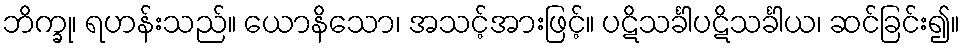
ဘိက္ခု၊ ရဟန်းသည်။ ယောနိသော၊ အသင့်အားဖြင့်။ ပဋိသင်္ခါပဋိသင်္ခါယ၊ ဆင်ခြင်း၍။